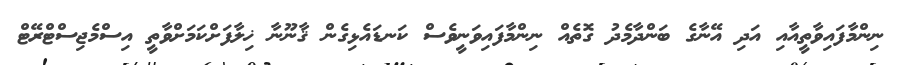
ނިންމާފައިވާތީއާއި އަދި އޭނާގެ ބަންދާމެދު ގޮތެއް ނިންމާފައިވަނީވެސް ކަނޑައެޅިގެން ޤާނޫނާ ޚިލާފަށްކަމަށްވާތީ އިސްމެޖިސްޓްރޭޓް